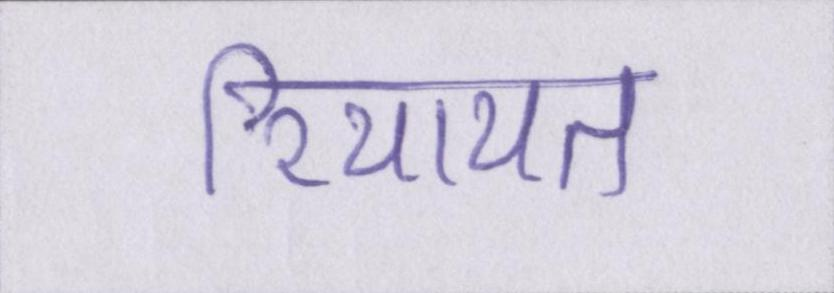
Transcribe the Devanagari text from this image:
रियायत